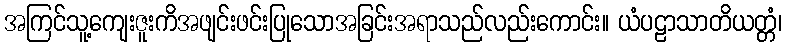
အကြင်သူ့ကျေးဇူးကိအဖျင်းဖင်းပြုသောအခြင်းအရာသည်လည်းကောင်း။ ယံပဠာသာတိယတ္တံ၊